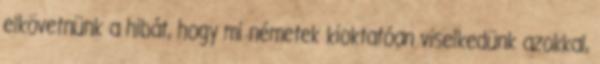
elkövetnünk a hibát, hogy mi németek kioktatóan viselkedünk azokkal,